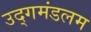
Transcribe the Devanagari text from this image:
उद्गमंडलम